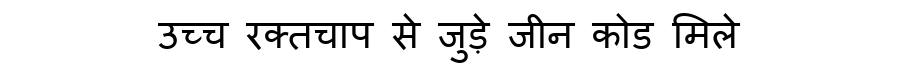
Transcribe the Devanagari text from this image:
उच्च रक्तचाप से जुड़े जीन कोड मिले